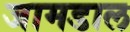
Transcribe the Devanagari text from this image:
जामडाल